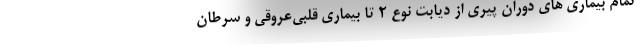
تمام بیماری های دوران پیری از دیابت نوع 2 تا بیماری قلبی‌عروقی و سرطان